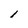
Character: l